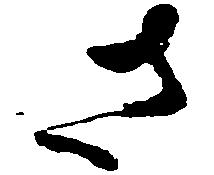
さ